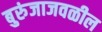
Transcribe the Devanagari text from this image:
बुरुंजाजवळील